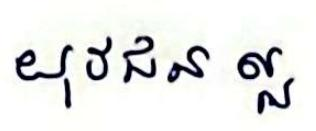
យុវជន ល្អ